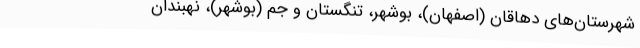
شهرستان‌های دهاقان (اصفهان)، بوشهر، تنگستان و جم (بوشهر)، نهبندان